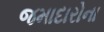
જમાદારોના